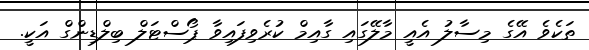
ތަކެވެ އޭގެ މިސާލު އެއީ މާލޭގައި ގާއިމް ކުރެވިފައިވާ ޕޯސްޓަލް ބިލްޑިންގް އަކީ.